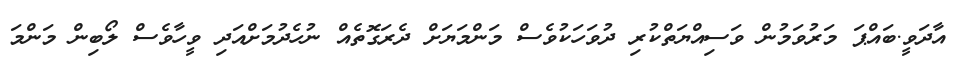
އާދަވީ.ބައްޕަ މަރުވަމުން ވަސިއްޔަތްކުރި ދުވަހަކުވެސް މަންމަޔަށް ދެރަގޮތެއް ނުހެދުމަށްއަދި ވީހާވެސް ލޯބިން މަންމަ